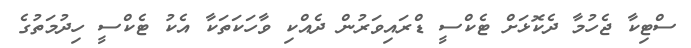
ސްޓިކާ ޖެހުމާ ދެކޮޅަށް ޓެކްސީ ޑްރައިވަރުން ދެއްކި ވާހަކަތަކާ އެކު ޓެކްސީ ހިދުމަތުގެ